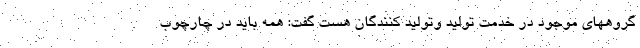
گروههای موجود در خدمت تولید وتولید کنندگان هست گفت: همه باید در چارچوب